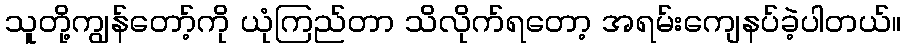
သူတို့ကျွန်တော့်ကို ယုံကြည်တာ သိလိုက်ရတော့ အရမ်းကျေနပ်ခဲ့ပါတယ်။